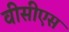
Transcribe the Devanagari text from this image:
वीसीएस